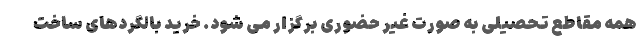
همه مقاطع تحصیلی به صورت غیر حضوری برگزار می شود. خرید بالگردهای ساخت